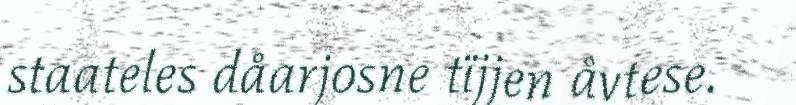
staateles dåarjosne tïjjen åvtese.